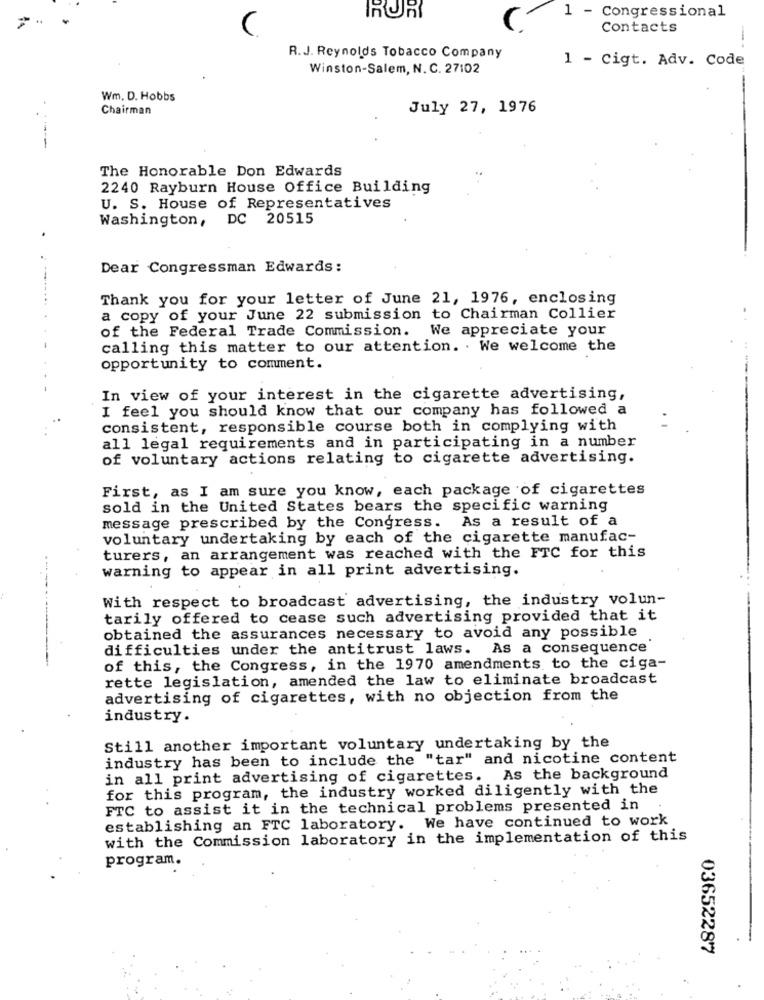
ROR
1 - Congressional
C
Contacts
-
R.J. Reynolds Tobacco Company
1 - Cigt. Adv. Code
Winston-Salem, N. C. 27102
Wm. D. Hobbs
Chairman
July 27, 1976
-----
The Honorable Don Edwards
2240 Rayburn House Office Building
U. S. House of Representatives
Washington, DC 20515
Dear Congressman Edwards:
Thank you for your letter of June 21, 1976, enclosing
a copy of your June 22 submission to Chairman Collier
of the Federal Trade Commission.
We appreciate your
calling this matter to our attention. . We welcome the
opportunity to comment.
In view of your interest in the cigarette advertising,
I feel you should know that our company has followed a
consistent, responsible course both in complying with
all legal requirements and in participating in a number
of voluntary actions relating to cigarette advertising.
First, as I am sure you know, each package of cigarettes
sold in the United States bears the specific warning
message prescribed by the Congress. As a result of a
voluntary undertaking by each of the cigarette manufac-
turers, an arrangement was reached with the FTC for this
warning to appear in all print advertising.
With respect to broadcast advertising, the industry volun-
tarily offered to cease such advertising provided that it
obtained the assurances necessary to avoid any possible
difficulties under the antitrust laws. As a consequence
of this, the Congress, in the 1970 amendments to the ciga-
rette legislation, amended the law to eliminate broadcast
advertising of cigarettes, with no objection from the
industry.
Still another important voluntary undertaking by the
industry has been to include the "tar" and nicotine content
in all print advertising of cigarettes. As the background
for this program, the industry worked diligently with the
FTC to assist it in the technical problems presented in
establishing an FTC laboratory. We have continued to work
with the Commission laboratory in the implementation of this
program.
03652287